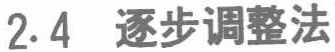
2.4 逐步调整法